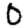
Digit: 0